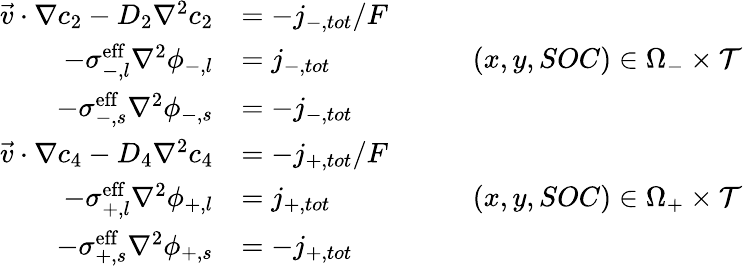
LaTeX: \begin{array}{rlr}{\vec{v}\cdot\nabla c_{2}-D_{2}\nabla^{2}c_{2}}&{=-j_{-,tot}/F}&\\ {-\sigma_{-,l}^{\mathrm{eff}}\nabla^{2}\phi_{-,l}}&{=j_{-,tot}}&{\qquad(x,y,SOC)\in\Omega_{-}\times\mathcal{T}}\\ {-\sigma_{-,s}^{\mathrm{eff}}\nabla^{2}\phi_{-,s}}&{=-j_{-,tot}}&\\ {\vec{v}\cdot\nabla c_{4}-D_{4}\nabla^{2}c_{4}}&{=-j_{+,tot}/F}&\\ {-\sigma_{+,l}^{\mathrm{eff}}\nabla^{2}\phi_{+,l}}&{=j_{+,tot}}&{\qquad(x,y,SOC)\in\Omega_{+}\times\mathcal{T}}\\ {-\sigma_{+,s}^{\mathrm{eff}}\nabla^{2}\phi_{+,s}}&{=-j_{+,tot}}&\end{array}